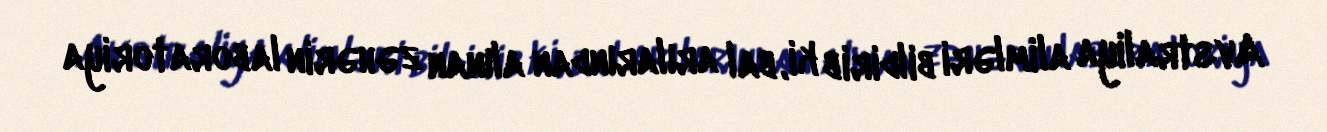
Avstraliya alimləri bildirib ki, bal arılarından alınan zəhərin laboratoriya